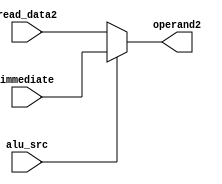
`timescale 1ns / 1ps
//////////////////////////////////////////////////////////////////////////////////
// Company: 
// Engineer: 
// 
// Design Name: 
// Module Name: mux_reg_to_alu
// Project Name: 
// Target Devices: 
// Tool Versions: 
// Description: 
// 
// Dependencies: 
// 
// Revision:
// Revision 0.01 - File Created
// Additional Comments:
// 
//////////////////////////////////////////////////////////////////////////////////


module mux_reg_to_alu(
input       read_data2,
input       immediate,
input       alu_src,
output      operand2
);

assign operand2 = alu_src ?   immediate: read_data2;
endmodule